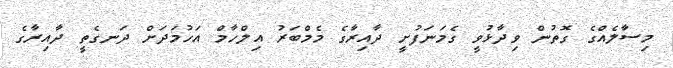
މިސާލެއްގެ ގޮތުން ވިދާޅުވީ ގެމަނަފުށީ ދާއިރާގެ މެމްބަރު އިލްހާމް އަހުމަދަށް ދަނގެތީ ދާއިރާގެ